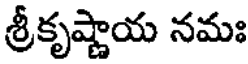
శ్రీకృష్ణాయ నమః